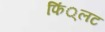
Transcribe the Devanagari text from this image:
फिं्लट